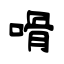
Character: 嗗